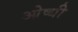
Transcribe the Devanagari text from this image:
ओष्धी